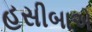
હસીબાએ